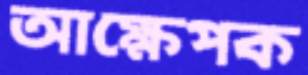
আক্ষেপক